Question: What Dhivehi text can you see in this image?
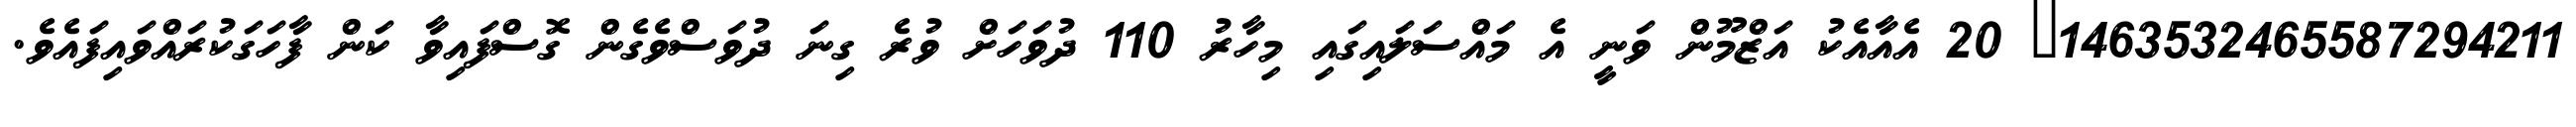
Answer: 1463532465587294211? 20 އެއާއެކު އަޒްމޫން ވަނީ އެ މައްސަލައިގައި މިހާރު 110 ދުވަހަށް ވުރެ ގިނަ ދުވަސްވެގެން ގޮސްފައިވާ ކަން ފާހަގަކުރައްވައިފައެވެ.